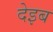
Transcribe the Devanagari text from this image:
देइब